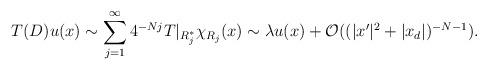
LaTeX: \begin{align*}T(D)u(x)\sim \sum_{j=1}^{\infty}4^{-Nj} T|_{R_{j}^*}\chi_{R_j}(x)\sim \lambda u(x)+\mathcal{O}((|x'|^2+|x_d|)^{-N-1}).\end{align*}